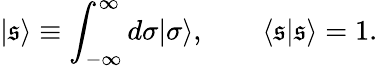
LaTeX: |\mathfrak{s}\rangle\equiv\int_{-\infty}^{\infty}d\sigma|\sigma\rangle,\qquad\langle\mathfrak{s}|\mathfrak{s}\rangle=1.